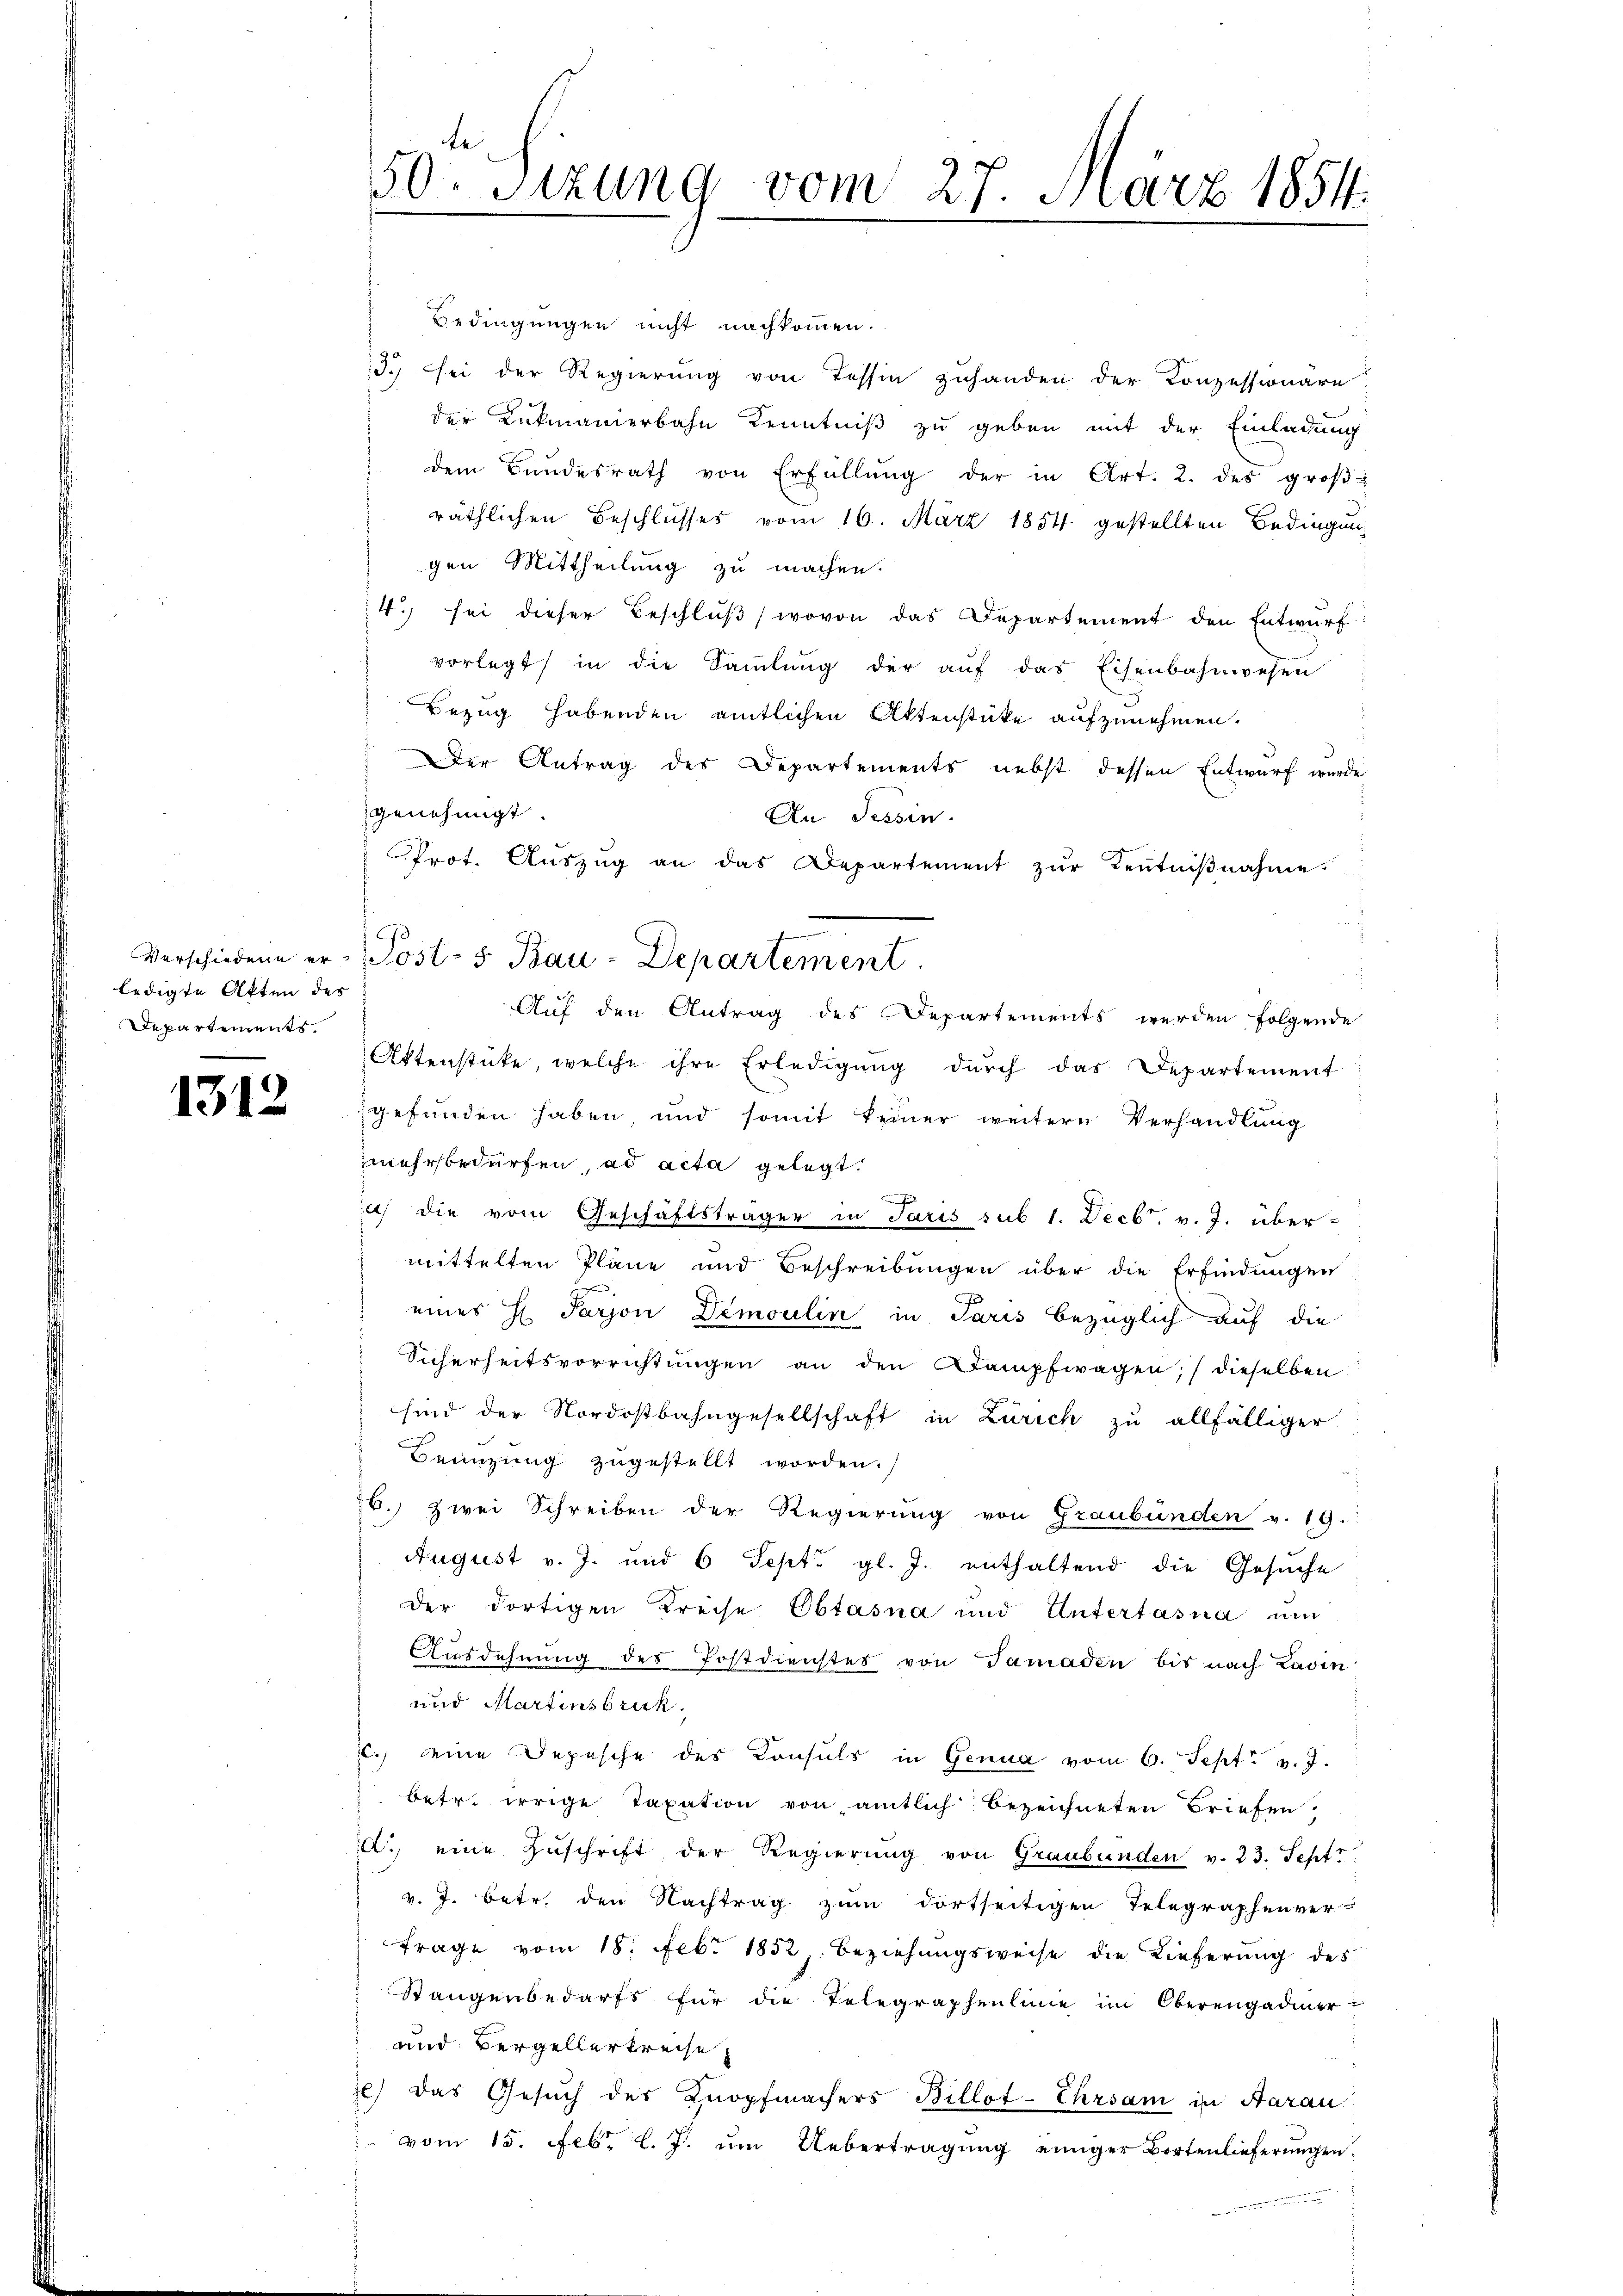
ledigte Akten des
Departements.

1312

50. Sitzung vom 27. März 1854.

Bedingungen nicht nachkommen.
3. sei der Regierung von Tessin zuhanden der Konzessionäre
der Lukmanierbahn Kenntniß zu geben mit der Einladung:
dem Bundesrath von Erfüllŭng der in Art. 2. des groβ-
räthlichen Beschlusses vom 16. März 1854 gestellten Bedingung
gen Mittheilung zu machen.
4. sei dieser Beschluß, wovon das Departement den Entwurf
vorlegt in die Sammlung der aŭf das Eisenbahnwesen
Bezug habenden amtlichen Aktenstüke aufzunehmen.
Der Antrag des Departements nebst dessen Entwurf wurde
genehmigt.
An Tessin.
Prot. Aŭszŭg an das Departement zŭr Kentniβnahme.
Verschiedene er Post- & Bau-Departement
Auf den Antrag des Departements werden folgende
Aktenstücke, welche ihre Erledigung durch das Departement
gefunden haben, und somit keiner weitere Verhandlung
mehrsbedürfen, ad acta gelegt.
a) die vom Geschäftsträger in Paris sub 1. Decbr. v. J. übermittelten Pläne und Beschreibungen über die Erfindungen
eines H. Parjon Demoulin in Paris bezüglich auf die
Sicherheitsvorrichtungen an den Stampfwagen, dieselben
sind der Nordostbahngesellschaft in Zürich zu allfälliger
Beinzung zugestellt worden.
26.) Zwei Schreiben der Regierung von Graubünden v. 19.
August v. J. und 6 Sept. gl. J. enthaltend die Gesuche
der dortigen Kreise Obtasna und Untertasna um
Ausdehnung des Postdienstes von Samaden bis nach Lavin
und Martinsbruk.
c. eine Depesche des Konsuls in Genua vom 6. Sept. v. J.
betr. irrige Taxation von amtlich bezeichneten Briefen.
., eine Zuschrift der Regierung von Graubünden v. 23. Sept
v. J. betr. den Nachtrag zum dortseitigen Telegraphenver
Frage vom 18. Febr 1852. Beziehungsweise die Lieferung des
Stangenbedarfs für die Telegraphenlinie im Oberengadmer-
und Vergellerkreise
e) das Gesuch des Knopfmachers Billot-Ehrsam in Aarau
vom 15. Febr. l. J. um Uebertragung einiger Bortenlieferungen